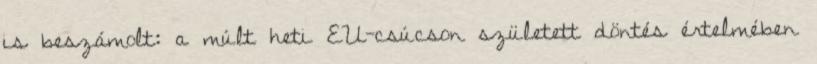
is beszámolt: a múlt heti EU-csúcson született döntés értelmében